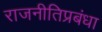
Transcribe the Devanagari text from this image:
राजनीतिप्रबंधा